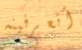
أتعرفينه